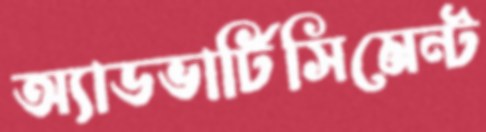
অ্যাডভার্টিসিমেন্ট